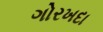
ગોરખદા